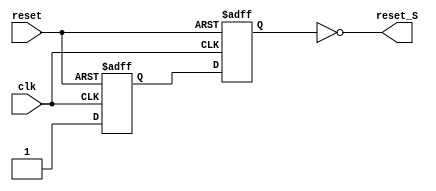
`timescale 1ns / 1ps
//***************************************************************//
//                                                               // 
//  Created by       Nguyen Doan on 9/6/2019	                 //
//  Copyright @ 2018 Nguyen Doan. All rights reserved,           //
//                                                               //    
//                                                               // 
//  In submiting this file for class work ar CSULB               //
//  I am confirming that this is my work and the work      	     //
//  of no one else. In submitting this code I acknowledge that   //
//  plagiarism in student project work is subject to dismissal 	 //
//  from the class                                               //    
//***************************************************************//


module AISO(reset, clk, reset_S);
    input           reset, clk;
    output  wire    reset_S;
    reg             Qmeta, Qok;
    
    always @ (posedge reset, posedge clk)
        begin 
        if (reset) {Qmeta,Qok}  <= 2'b0;
        else       {Qmeta,Qok} <= {1'b1,Qmeta};
        end
        
    assign reset_S = ~Qok;
endmodule